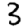
Digit: 3